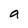
Character: a